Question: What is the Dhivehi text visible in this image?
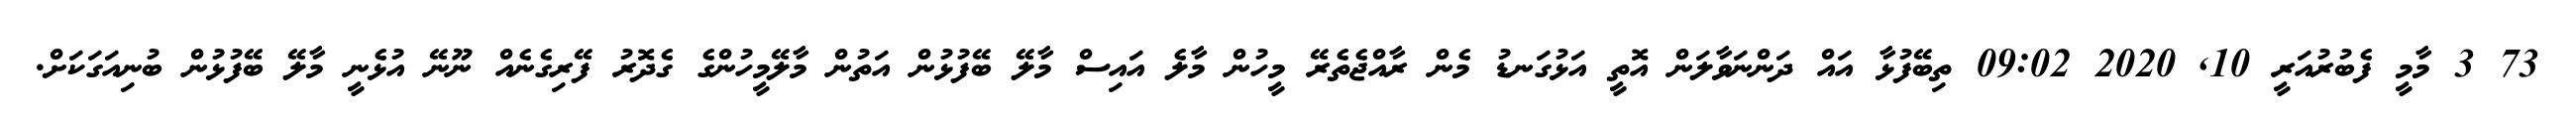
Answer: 73 3 މާމީ ފެބުރުއަރީ 10, 2020 09:02 ތިބޭފުޅާ އައް ދަންނަވާލަން އޮތީ އަޅުގަނޑު މެން ރާއްޖެތެރޭ މީހުން މާލެ އައިސް މާލޭ ބޭފުޅުން އަތުން މާލޭމީހުންގެ ގެދޮރު ފޭރިގެނެއް ނޫނޭ އުޅެނީ މާލޭ ބޭފުޅުން ބުނިއަގަކަށް.